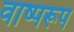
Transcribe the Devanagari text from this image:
वाष्परूप